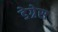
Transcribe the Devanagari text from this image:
डेग्रेस